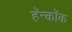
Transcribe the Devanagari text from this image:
हॅन्कॉक